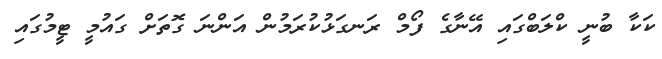
ކަކާ ބުނީ ކްލަބްގައި އޭނާގެ ފޯމް ރަނގަޅުކުރަމުން އަންނަ ގޮތަށް ގައުމީ ޓީމުގައި